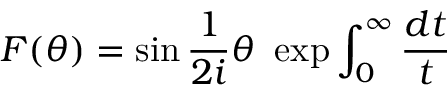
F ( \theta ) = \sin \frac { 1 } { 2 i } \theta \, \, \exp \int _ { 0 } ^ { \infty } \frac { d t } { t }